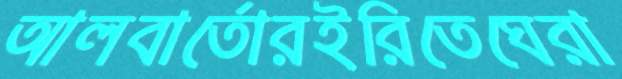
আলবার্তোরইরিতেঘেরা